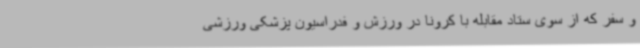
و سفر که از سوی ستاد مقابله با کرونا در ورزش و فدراسیون پزشکی ورزشی